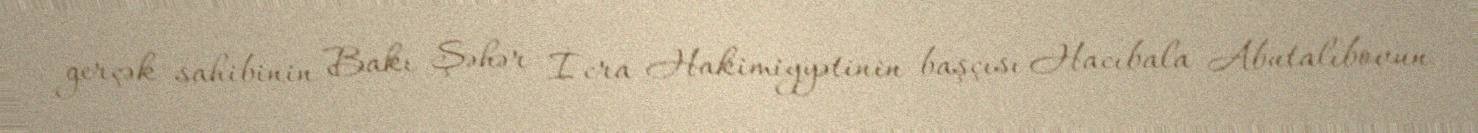
gerçək sahibinin Bakı Şəhər İcra Hakimiyyətinin başçısı Hacıbala Abutalıbovun